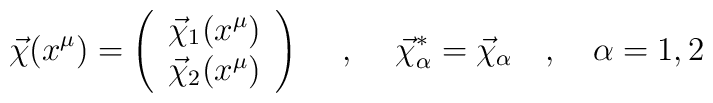
\vec{\chi}(x^\mu)=\left(\begin{array}{c}\vec{\chi}_1(x^\mu)\\\vec{\chi}_2(x^\mu)\end{array}\right)\hspace{0.5cm},\hspace{0.5cm}\vec{\chi}_\alpha^*=\vec{\chi}_\alpha \quad ,\quad\alpha=1,2